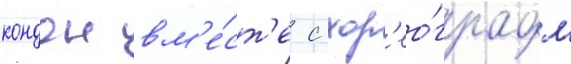
кондон вм'е́ст'е с хор'ео́графом